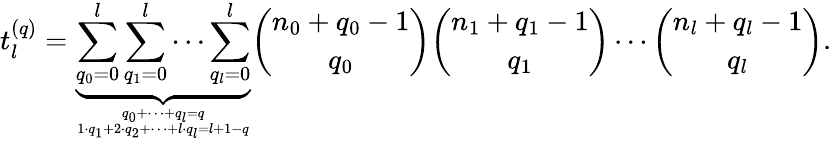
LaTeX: t_{l}^{(q)}=\underbrace{\sum_{q_{0}=0}^{l}\sum_{q_{1}=0}^{l}\cdots\sum_{q_{l}=0}^{l}}_{q_{0}+\dots+q_{l}=q\atop 1\cdot q_{1}+2\cdot q_{2}+\dots+l\cdot q_{l}=l+1-q}{\binom{n_{0}+q_{0}-1}{q_{0}}}{\binom{n_{1}+q_{1}-1}{q_{1}}}\cdots{\binom{n_{l}+q_{l}-1}{q_{l}}}.